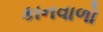
કાનવાળો